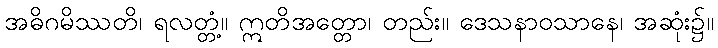
အဓိဂမိဿတိ၊ ရလတ္တံ့။ ဣတိအတ္တော၊ တည်း။ ဒေသနာဝသာနေ၊ အဆုံး၌။